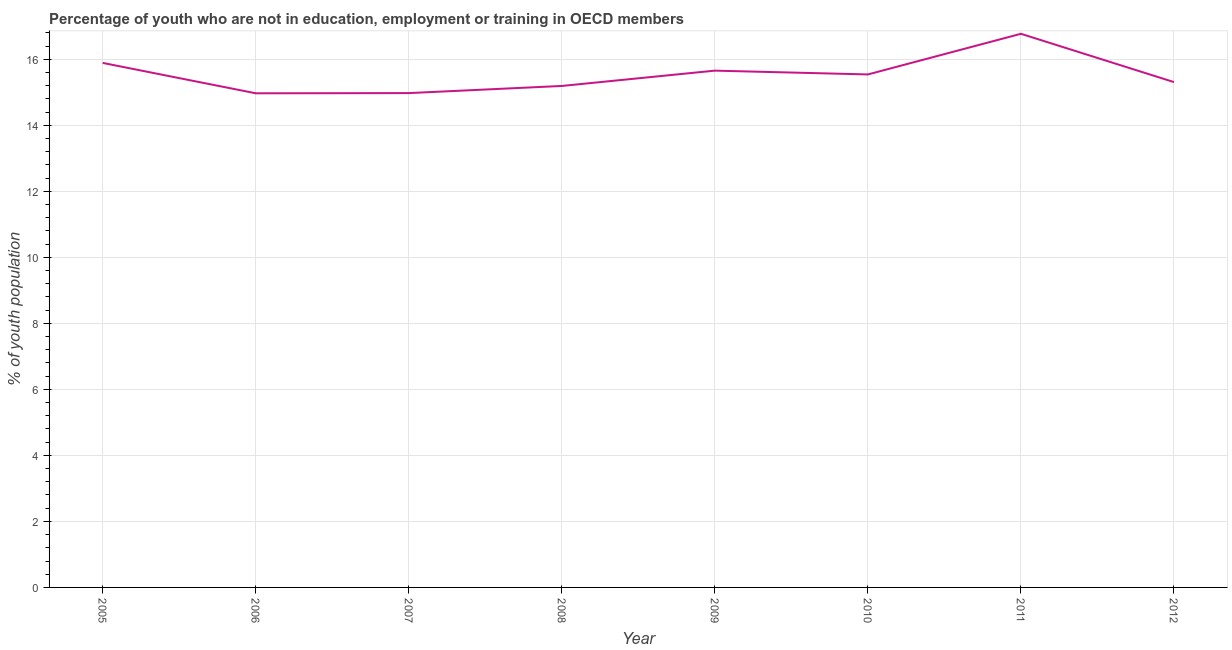
| Year | Unemployed youth |
 | --- | --- |
 | 2005 | 15.9 |
 | 2006 | 15 |
 | 2007 | 15 |
 | 2008 | 15.2 |
 | 2009 | 15.7 |
 | 2010 | 15.5 |
 | 2011 | 16.8 |
 | 2012 | 15.3 |